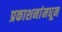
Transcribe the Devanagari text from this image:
प्रकाशनांमधून